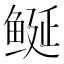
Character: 𱈁